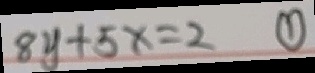
8 y + 5 x = 2 \textcircled { 1 }